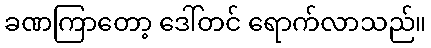
ခဏကြာတော့ ဒေါ်တင် ရောက်လာသည်။